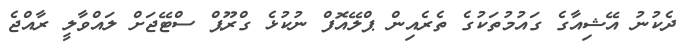
ދެކުނު އޭޝިއާގެ ގައުމުތަކުގެ ތެރެއިން ޕްލޭއޮފް ނުކުޅެ ގްރޫޕް ސްޓޭޖަށް ލައްވާލީ ރާއްޖެ